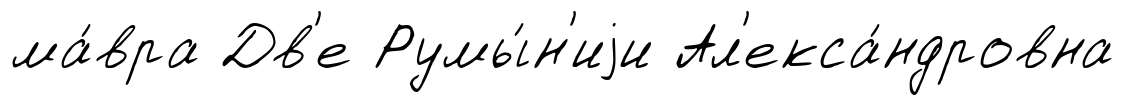
ма́вра Дв'е Румы́н'иjи Ал'екса́ндровна